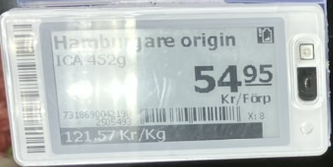
Vara: Hamburgare origin
Genomsnittspris: 121.57 per kg